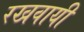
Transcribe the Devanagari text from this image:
रखवायी